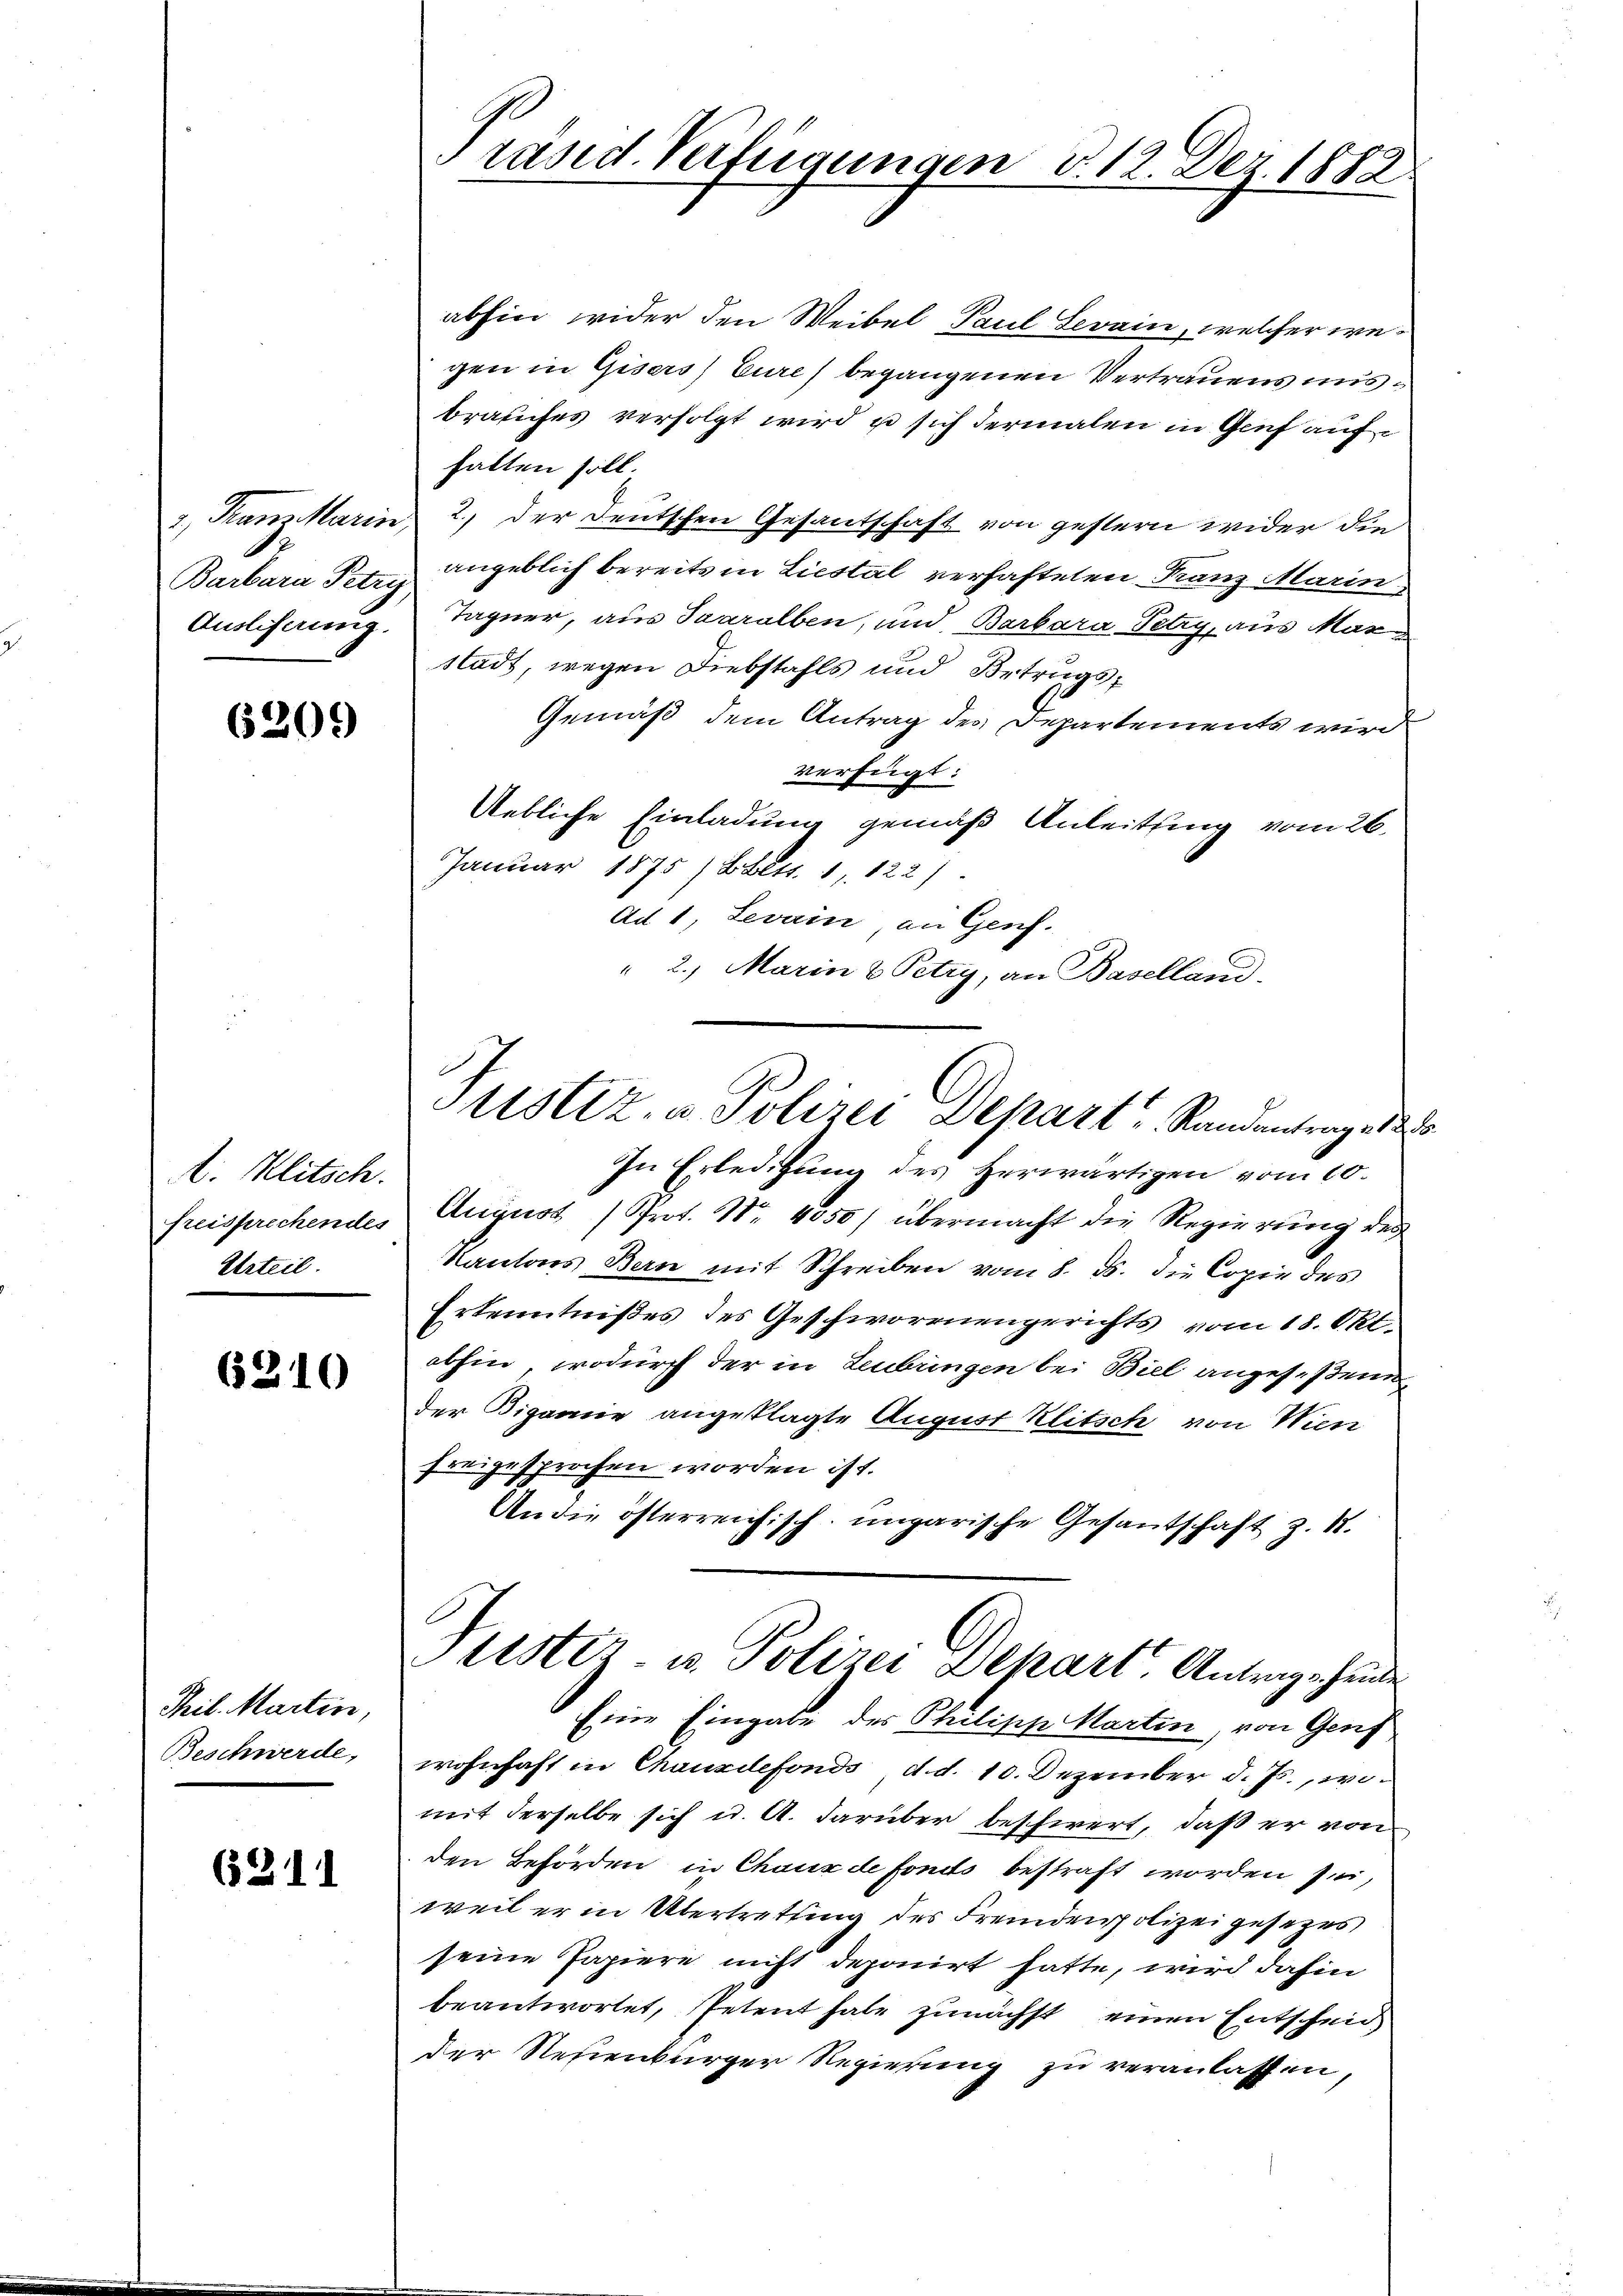
Barbara Petry,

6209)

A. Klitsch.
freisprechendes
Urteil.

6210

Thil. Martin,
Beschwerde,

(211

Präsid. Verfügungen d. 12. Dez. 1882

abhin wider den Weibel Paul Levain, welcher we
gen in Gisers) Eure) begangenen Vertrauens unsbrauches verfolgt wird u sich dermalen in Genf aufhalten soll.
1) Kanzkarin 2, der Deutschen Gesantschaft von gestern wider die
angeblich bereits in Liestal verhafteten Franz Marin
Amslihanug, Tagner, aus Saaralben, und Barbara Petry, aus Marstadt, wegen Diebstahls und Betrugs¬
Gemäß dem Antrag des Departements wird
verfügt:
Uebliche Einladung gemäß Anleitung vom 26.
Januar 1875) Bett. 1, 122)
Ad 1, Levain, an Genf.
" 2. Marin & Petry, an Baselland.
In Erledigung des Herwärtigen vom 10.
August (Prot. Nr. 4050) übermacht die Regierung des
Kantons Bern mit Schreiben vom 8. ds. die Copie des
Erkenntnißes des Geschwornengerichts vom 18. Okt.
abhin, wodurch der in Leubingen bei Biel angeseßene
Der Bigamie angeklagte August Klitsch von Wien
freigesprochen worden ist.
An die österreichisch-ungarische Gesantschaft z. 1.
Justiz- u. Polizei Depart Antrage heide
Eine Eingabe der Philipp Marten, von Genf
wohnhaft in Chauxdefonds, d. d. 10. Dezember d. Js., womit derselbe sich u. A. darüber beschwert, daß er von
den Behörden in Chaux de fonds bestraft worden sei,
weil er in Übertretung des Fremdenpolizei gesezes
seine Papiere nicht deponirt hatte, wird dahin
beantwortet, Petent habe zunächst einen Entscheid
der Neuenburger Regierung zu veranlassen,

Justiz- u. Polizei Depart Randantrage 185